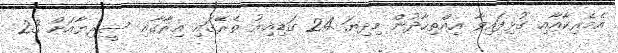
އެމެރިކާއާއި ގުޅިފައިވާ އިއްތިހާދުން މިދިޔަ 24 ގަޑިއިރު ތެރޭގައި އިރާގާއި ސީރިޔާއަށް 23